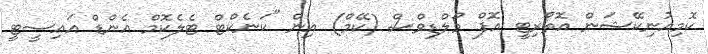
ކޮމިއުނިކޭޝަން އޮތޯރިޓީ އޮފް މޯލްޑިވްސް (ކޭމް) އިން "ކަނެކްޓް ޓެލެކޮމް އެންޑް އައިސީޓީ